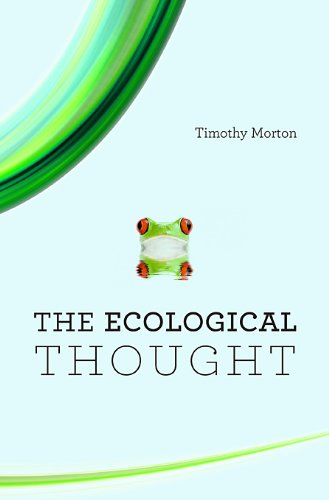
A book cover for The Ecological Thought; Timothy Morton; Politics & Social Sciences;